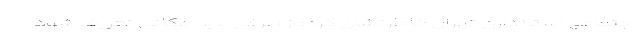
اجتماعی استانداری تهران خاطرنشان کرد: از طرفی باید مکانی تعریف شود